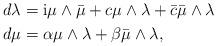
LaTeX: \begin{align*}d\lambda&=\mathrm{i} \mu \wedge \bar{\mu}+c\mu \wedge \lambda+\bar{c}\bar{\mu} \wedge \lambda\\d\mu&=\alpha\mu \wedge \lambda +\beta \bar{\mu} \wedge \lambda,\end{align*}